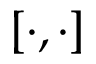
[ \cdot , \cdot ]